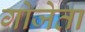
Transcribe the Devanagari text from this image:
गोजेता